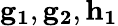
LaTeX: \mathbf{g_{1}},\mathbf{g_{2}},\mathbf{h_{1}}